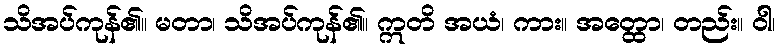
သိအပ်ကုန်၏။ မတာ၊ သိအပ်ကုန်၏။ ဣတိ အယံ၊ ကား။ အတ္ထော၊ တည်း။ ဝါ၊